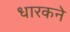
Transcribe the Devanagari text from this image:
धारकने